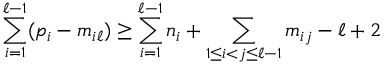
\sum _ { i = 1 } ^ { \ell - 1 } ( p _ { i } - m _ { i \ell } ) \geq \sum _ { i = 1 } ^ { \ell - 1 } n _ { i } + \sum _ { 1 \leq i < j \leq \ell - 1 } m _ { i j } - \ell + 2